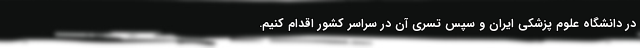
در دانشگاه علوم پزشکی ایران و سپس تسری آن در سراسر کشور اقدام کنیم.